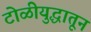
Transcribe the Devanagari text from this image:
टोळीयुद्धातून